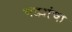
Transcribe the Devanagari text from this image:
गड्यांचा